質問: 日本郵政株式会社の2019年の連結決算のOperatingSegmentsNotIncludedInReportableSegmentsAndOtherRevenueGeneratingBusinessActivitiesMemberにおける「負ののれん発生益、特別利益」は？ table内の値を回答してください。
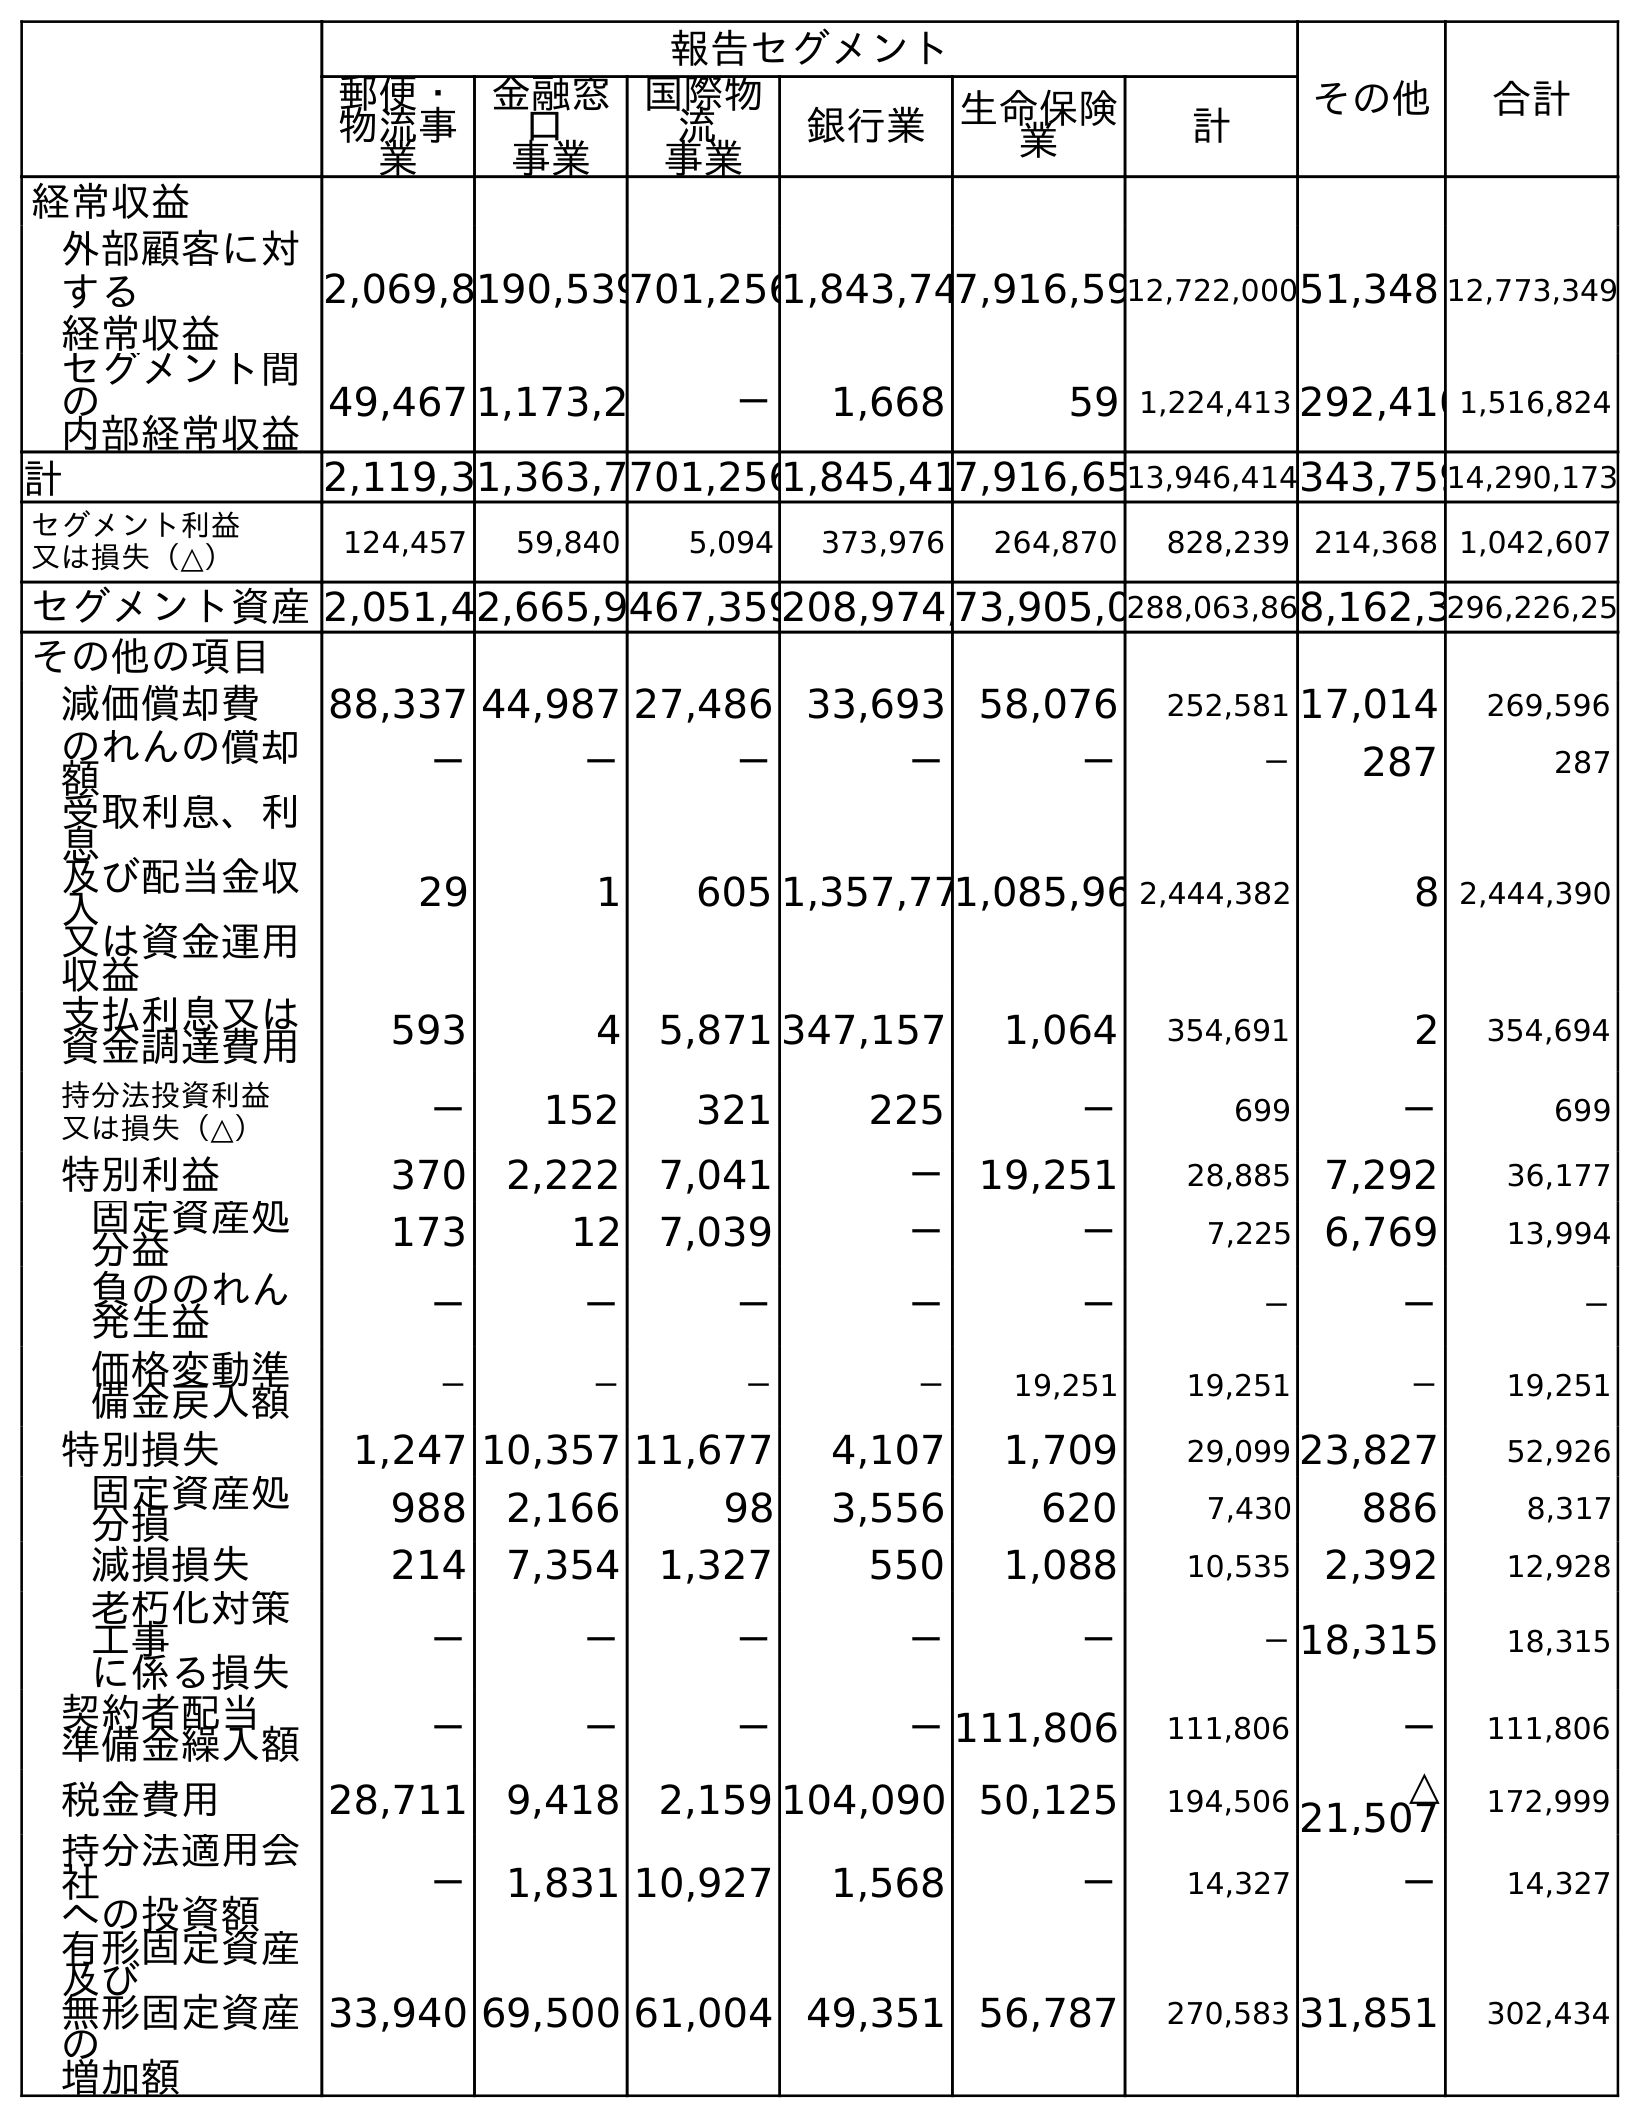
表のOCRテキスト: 報告セグメント その他 合計 郵便・ 物流事 業 金融窓 口 事業 国際物 流 事業 銀行業 生命保険 業 計 経常収益 外部顧客に対 する 経常収益 2,069,8190,539701,2561,843,747,916,5912,722,00051,348 12,773,349 セグメント間 の 内部経常収益 49,467 1,173,2 － 1,668 59 1,224,413 292,4101,516,824 計 2,119,31,363,7701,2561,845,417,916,6513,946,414343,75914,290,173 セグメント利益 又は損失（△） 124,457 59,840 5,094 373,976 264,870 828,239 214,368 1,042,607 セグメント資産2,051,42,665,9467,359208,974,73,905,0288,063,868,162,3296,226,25 その他の項目 減価償却費 88,337 44,987 27,486 33,693 58,076 252,581 17,014 269,596 のれんの償却 額 － － － － － － 287 287 受取利息、利 息 及び配当金収 入 又は資金運用 収益 29 1 605 1,357,771,085,96 2,444,382 8 2,444,390 支払利息又は 資金調達費用 593 4 5,871 347,157 1,064 354,691 2 354,694 持分法投資利益 又は損失（△） － 152 321 225 － 699 － 699 特別利益 370 2,222 7,041 － 19,251 28,885 7,292 36,177 固定資産処 分益 173 12 7,039 － － 7,225 6,769 13,994 負ののれん 発生益 － － － － － － － － 価格変動準 備金戻入額 － － － － 19,251 19,251 － 19,251 特別損失 1,247 10,357 11,677 4,107 1,709 29,099 23,827 52,926 固定資産処 分損 988 2,166 98 3,556 620 7,430 886 8,317 減損損失 214 7,354 1,327 550 1,088 10,535 2,392 12,928 老朽化対策 工事 に係る損失 － － － － － －18,315 18,315 契約者配当 準備金繰入額 － － － －111,806 111,806 － 111,806 税金費用 28,711 9,418 2,159 104,090 50,125 194,506 △ 21,507 172,999 持分法適用会 社 への投資額 － 1,831 10,927 1,568 － 14,327 － 14,327 有形固定資産 及び 無形固定資産 の 増加額 33,940 69,500 61,004 49,351 56,787 270,583 31,851 302,434
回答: －